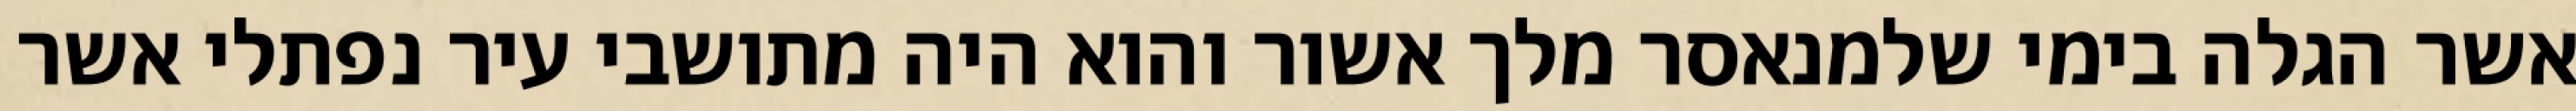
אשר הגלה בימי שלמנאסר מלך אשור והוא היה מתושבי עיר נפתלי אשר